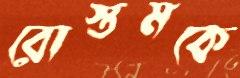
রোস্তমকে